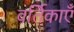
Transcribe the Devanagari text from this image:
वर्तिकाएँ